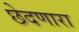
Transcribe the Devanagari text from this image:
छेदणारा